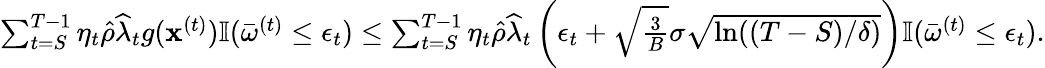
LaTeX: \begin{array}{r}{\sum_{t=S}^{T-1}\eta_{t}\hat{\rho}\widehat\lambda_{t}g({\mathbf x}^{(t)})\mathbb{I}(\bar{\omega}^{(t)}\leq\epsilon_{t})\leq\sum_{t=S}^{T-1}\eta_{t}\hat{\rho}\widehat\lambda_{t}\left(\epsilon_{t}+\sqrt{\frac{3}{B}}\sigma\sqrt{\ln((T-S)/\delta)}\right)\mathbb{I}(\bar{\omega}^{(t)}\leq\epsilon_{t}).}\end{array}